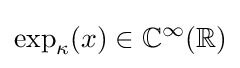
\exp _{\kappa }(x)\in \mathbb {C} ^{\infty }(\mathbb {R} )